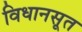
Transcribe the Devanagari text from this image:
विधानसूत